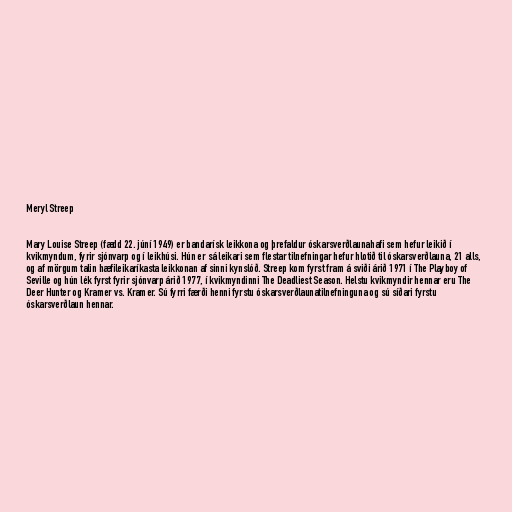
Meryl Streep

Mary Louise Streep (fædd 22. júní 1949) er bandarísk leikkona og þrefaldur óskarsverðlaunahafi sem hefur leikið í
kvikmyndum, fyrir sjónvarp og í leikhúsi. Hún er sá leikari sem flestar tilnefningar hefur hlotið til óskarsverðlauna, 21 alls,
og af mörgum talin hæfileikaríkasta leikkonan af sinni kynslóð. Streep kom fyrst fram á sviði árið 1971 í The Playboy of
Seville og hún lék fyrst fyrir sjónvarp árið 1977, í kvikmyndinni The Deadliest Season. Helstu kvikmyndir hennar eru The
Deer Hunter og Kramer vs. Kramer. Sú fyrri færði henni fyrstu óskarsverðlaunatilnefninguna og sú síðari fyrstu
óskarsverðlaun hennar.